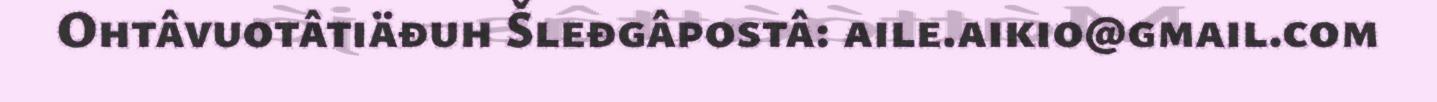
Ohtâvuotâtiäđuh Šleđgâpostâ: aile.aikio@gmail.com